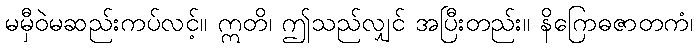
မမှီဝဲမဆည်းကပ်လင့်။ ဣတိ၊ ဤသည်လျှင် အပြီးတည်း။ နိဂြောဓဇာတကံ၊